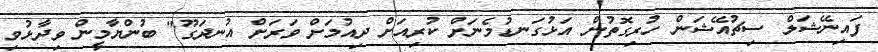
ފައިނޭޝަލް ސިޗުއޭޝަން ހުރިގޮތުން އަޅުގަނޑުމެނަށް ކުރިއަށް ދިއުމަށް ވަރަށް އުނދަގޫ" ބުންޔާމީން ވިދާޅުވި